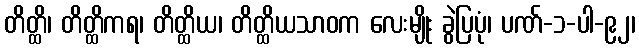
တိတ္ထိ၊ တိတ္ထိကရ၊ တိတ္ထိယ၊ တိတ္ထိယသာဝက လေးမျိုး ခွဲပြပုံ၊ ပဏ်-၁-ပါ-၉၂၊